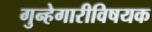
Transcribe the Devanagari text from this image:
गुन्हेगारीविषयक